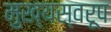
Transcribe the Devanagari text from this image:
मुख्यस्वरूप